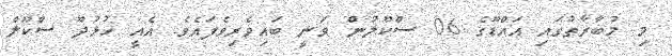
މި މުބާރާތުގައި އައްޑޫގެ 06 ސްކޫލުން ވަނީ ބައިވެރިވެފައެވެ. އެއީ ހުޅުދޫ ސްކޫލް